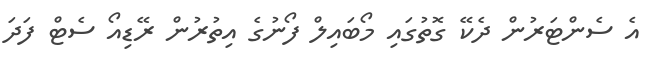
އެ ސެންޓަރުން ދެކޭ ގޮތުގައި މޯބައިލް ފޯނުގެ އިތުރުން ރޭޑިއޯ ސެޓް ފަދަ